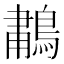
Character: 𫛆